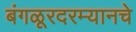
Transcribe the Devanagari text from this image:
बंगळूरदरम्यानचे